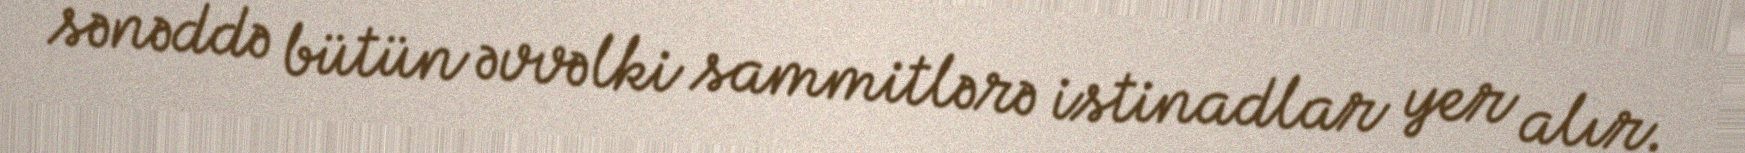
sənəddə bütün əvvəlki sammitlərə istinadlar yer alır.